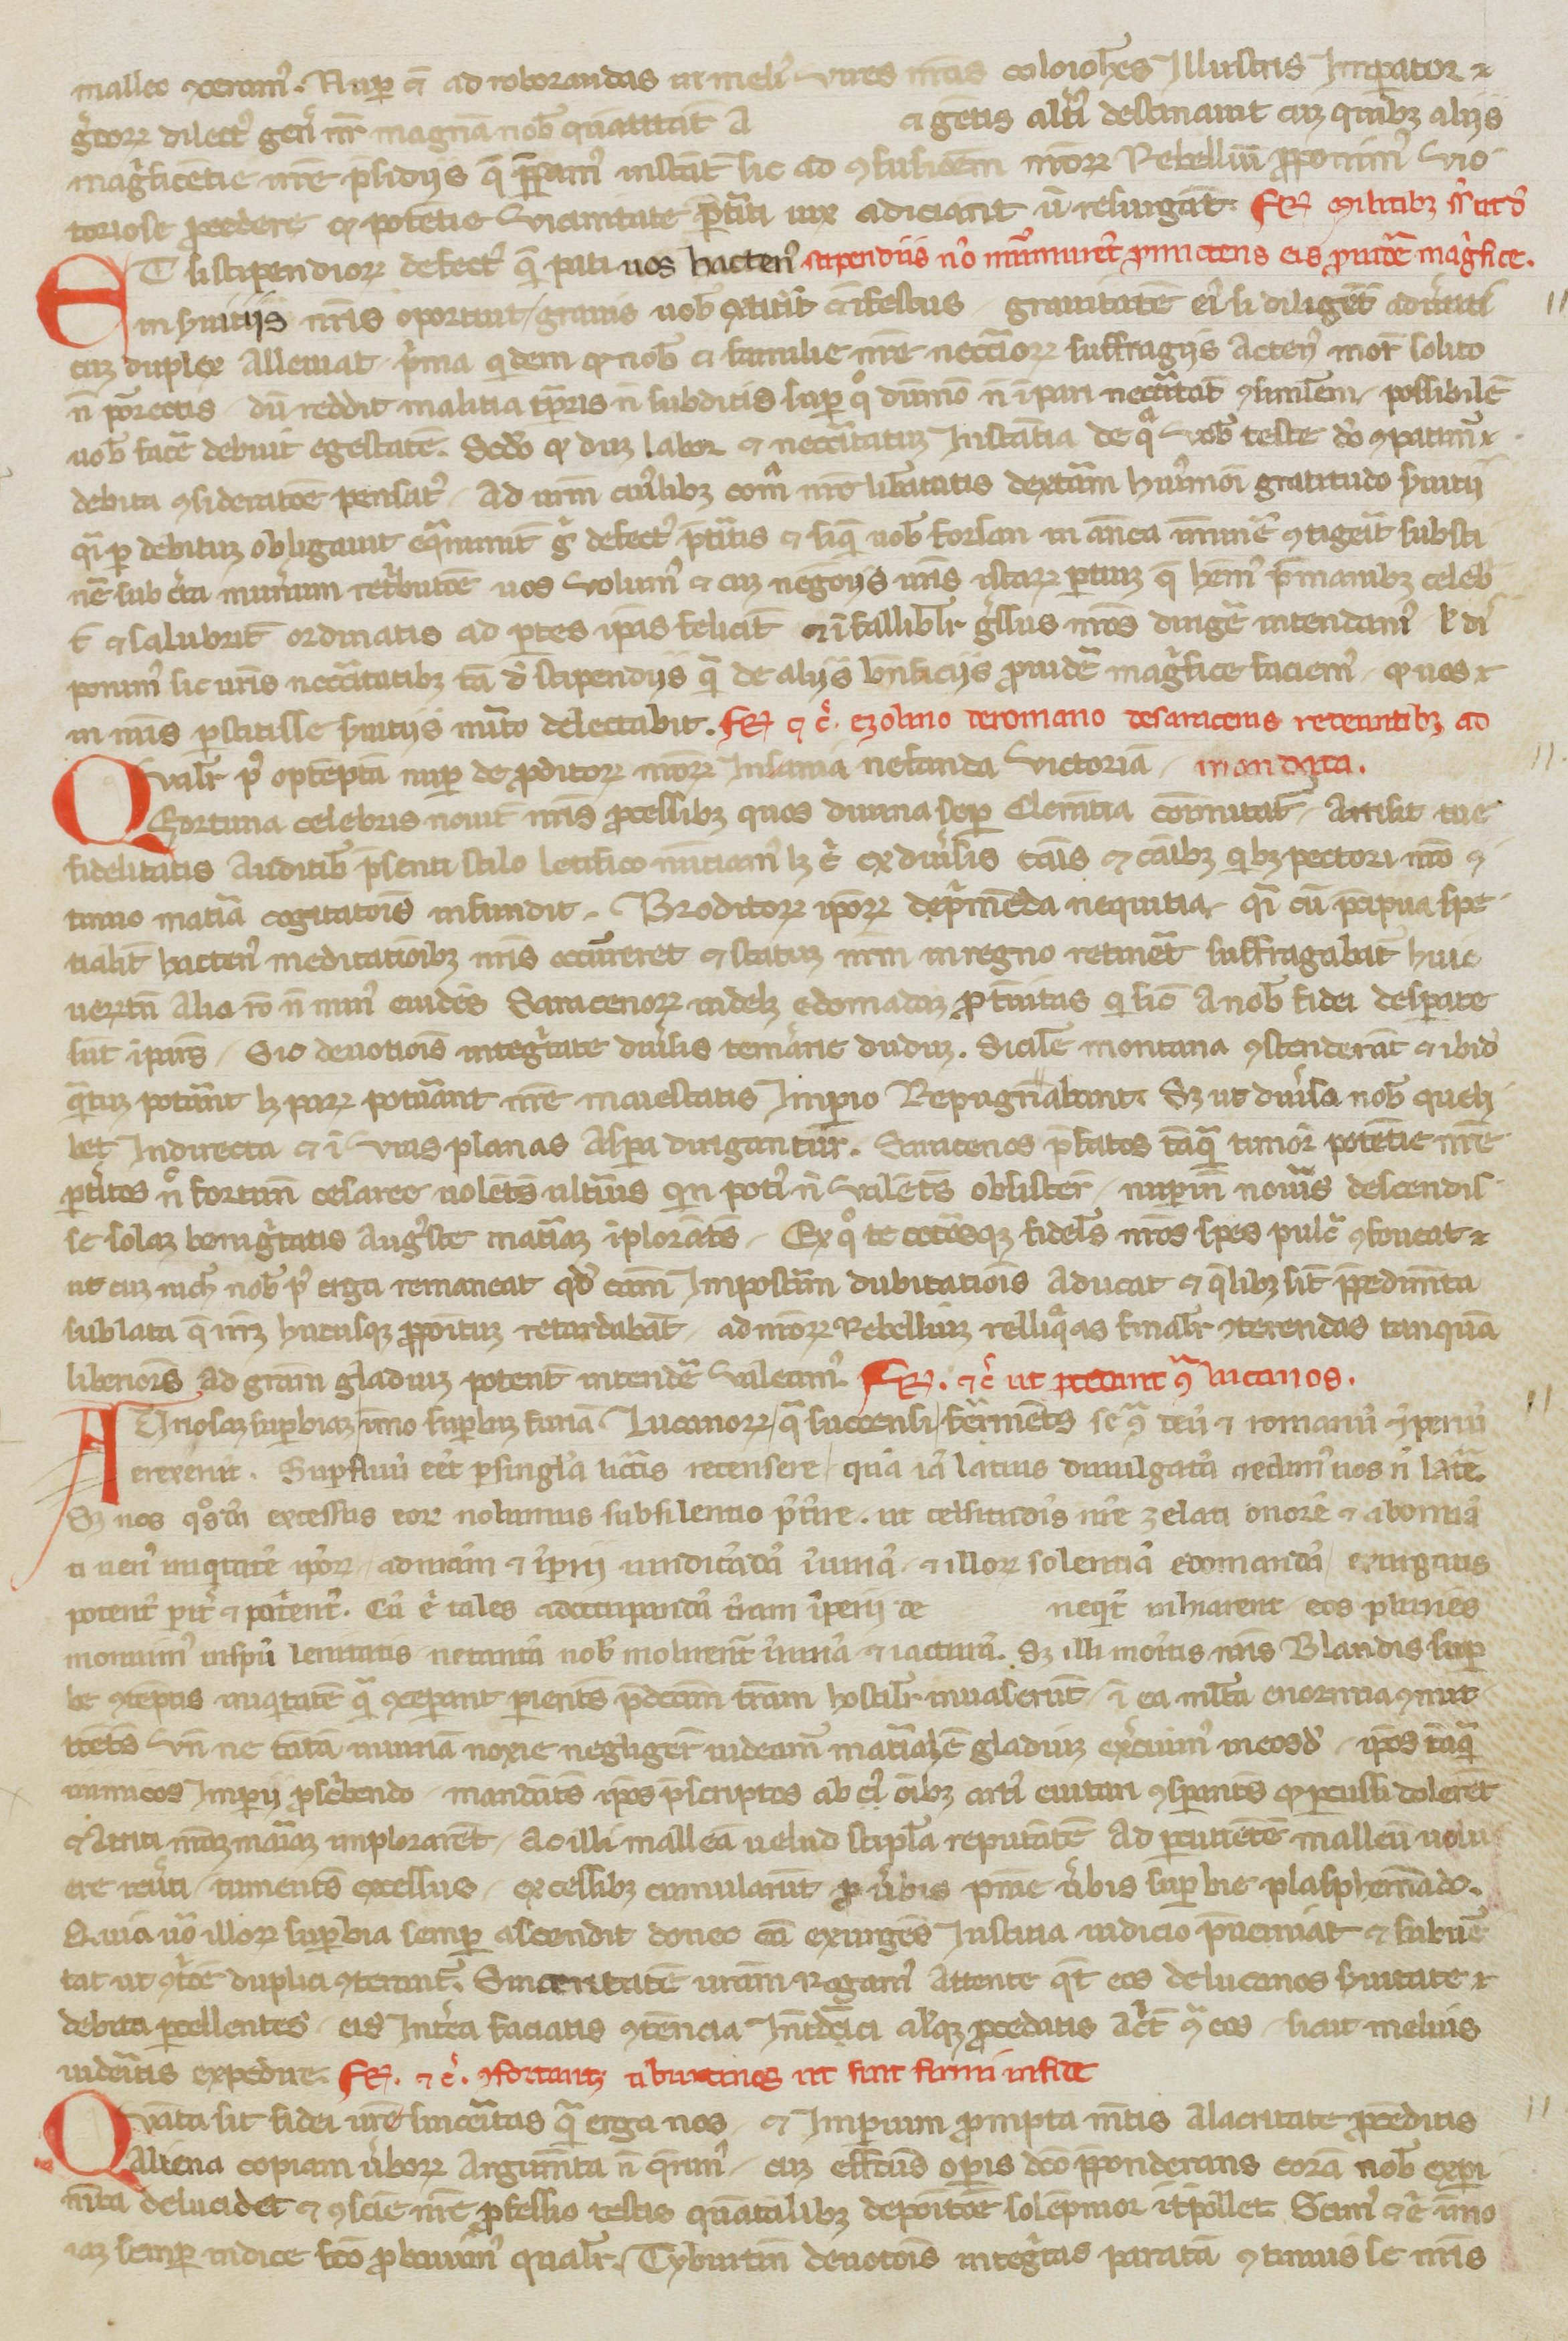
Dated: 1250–1299